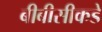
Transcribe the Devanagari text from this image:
बीबीसीकडे